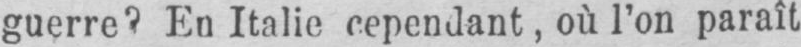
guerre? En Italie rependant, où l’on paraît